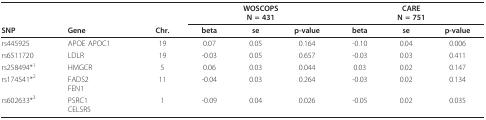
<table><thead><tr><td></td><td></td><td></td><td colspan="3"><b>WOSCOPSN = 431</b></td><td colspan="3"><b>CAREN = 751</b></td></tr><tr><td><b>SNP</b></td><td><b>Gene</b></td><td><b>Chr.</b></td><td><b>beta</b></td><td><b>se</b></td><td><b>p-value</b></td><td><b>beta</b></td><td><b>se</b></td><td><b>p-value</b></td></tr></thead><tbody><tr><td>rs445925</td><td>APOE APOC1</td><td>19</td><td>0.07</td><td>0.05</td><td>0.164</td><td>-0.10</td><td>0.04</td><td>0.006</td></tr><tr><td>rs6511720</td><td>LDLR</td><td>19</td><td>-0.03</td><td>0.05</td><td>0.657</td><td>-0.03</td><td>0.03</td><td>0.411</td></tr><tr><td>rs258494*<sup>1</sup></td><td>HMGCR</td><td>5</td><td>0.06</td><td>0.03</td><td>0.044</td><td>0.03</td><td>0.02</td><td>0.147</td></tr><tr><td>rs174541*<sup>2</sup></td><td>FADS2FEN1</td><td>11</td><td>-0.04</td><td>0.03</td><td>0.264</td><td>-0.03</td><td>0.02</td><td>0.134</td></tr><tr><td>rs602633*<sup>3</sup></td><td>PSRC1CELSR5</td><td>1</td><td>-0.09</td><td>0.04</td><td>0.026</td><td>-0.05</td><td>0.02</td><td>0.035</td></tr></tbody></table>